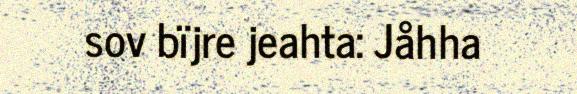
sov bïjre jeahta: Jåhha